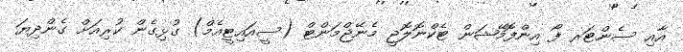
އާއި ސެންޓަރ ފޯ އިންފޮމޭޝަން ޓެކްނޮލޮޖީ މެނޭޖްމަންޓް (ސީއައިޓީއެމް) ގުޅިގެން ކުރިއަށް ގެންދިޔަ